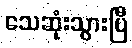
သေဆုံးသွားပြီ